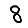
Digit: 8